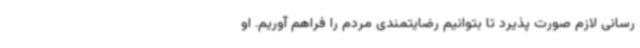
رسانی لازم صورت پذیرد تا بتوانیم رضایتمندی مردم را فراهم آوریم. او